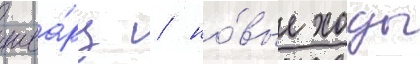
шва́рц / но́вые ходы